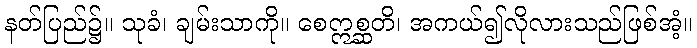
နတ်ပြည်၌။ သုခံ၊ ချမ်းသာကို။ စေဣစ္ဆတိ၊ အကယ်၍လိုလားသည်ဖြစ်အံ့။